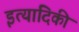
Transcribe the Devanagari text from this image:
इत्‍यादिकी